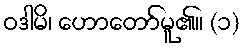
ဝဒါမိ၊ ဟောတော်မူ၏။ (၁)